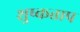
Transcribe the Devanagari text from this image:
शुष्कताप